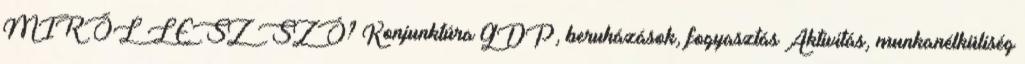
MIRŐL LESZ SZÓ? Konjunktúra GDP, beruházások, fogyasztás Aktivitás, munkanélküliség